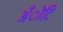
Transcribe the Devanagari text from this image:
अँोटि